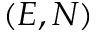
( E , N )